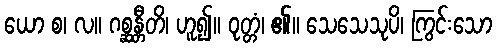
ယော စ၊ လ။ ဂစ္ဆန္တီတိ၊ ဟူ၍။ ဝုတ္တံ၊ ၏။ သေသေသုပိ၊ ကြွင်းသော